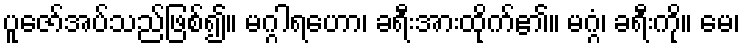
ပူဇော်အပ်သည်ဖြစ်၍။ မဂ္ဂါရဟော၊ ခရီးအားထိုက်၏။ မဂ္ဂံ၊ ခရီးကို။ မေ၊